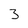
Character: 3